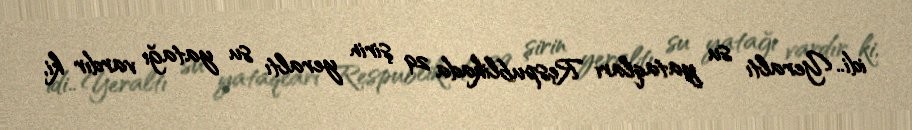
idi.. Yeraltı su yataqları Respublikada 29 şirin yeraltı su yatağı vardır ki,